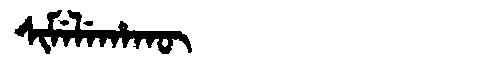
Manchu: ᠰᡳᠮᡝᠯᡝᡥᠠᡴᡡ
Romanization: SIMELEHAKŪ